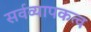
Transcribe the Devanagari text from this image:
सर्वव्यापकत्व